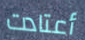
أعتادت